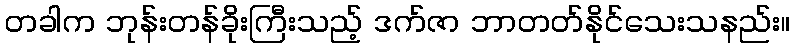
တခါက ဘုန်းတန်ခိုးကြီးသည့် ဒက်ဇာ ဘာတတ်နိုင်သေးသနည်း။